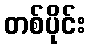
တစ်ပိုင်း